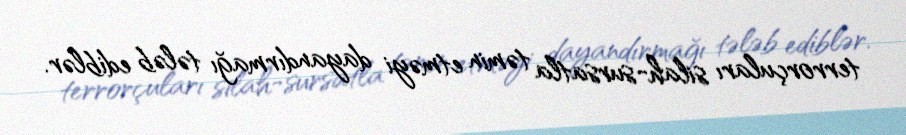
terrorçuları silah-sursatla təmin etməyi dayandırmağı tələb ediblər.